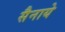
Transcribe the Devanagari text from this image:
सैनाये